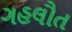
ગહલૌત